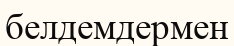
белдемдермен